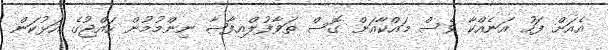
އެއަށް ފަހު އަނެއްކާ ވެސް މައްކާއަށް ގޮސް ތަވާފުލްއިފާޟާ ނިންމުމުން ހައްޖުގެ އަޅުކަން